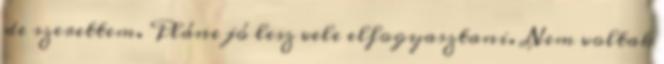
de szerettem. Pláne jó lesz vele elfogyasztani. Nem voltak